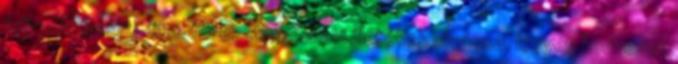
feliratát jelenti film. Ha esetleg valaki illetékes olvassa, legyen kedvesek